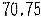
70.75